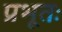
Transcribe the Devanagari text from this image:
प्रभूतः